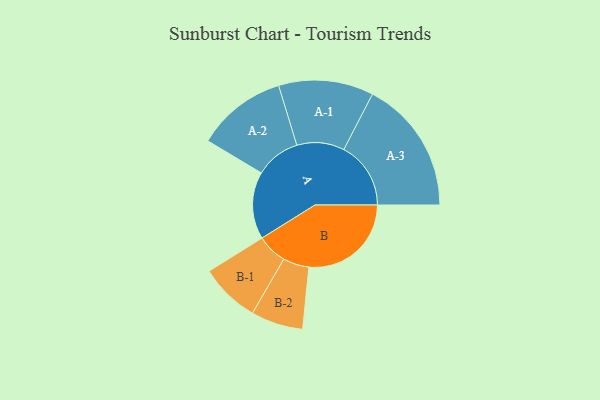
{"axis": {"x": "Segment", "y": "Value"}, "legend": ["", "A", "B"], "data": [{"x": "A", "y": 289, "type": ""}, {"x": "B", "y": 440, "type": ""}, {"x": "A-1", "y": 204, "type": "A"}, {"x": "A-2", "y": 194, "type": "A"}, {"x": "A-3", "y": 288, "type": "A"}, {"x": "B-1", "y": 129, "type": "B"}, {"x": "B-2", "y": 112, "type": "B"}]}